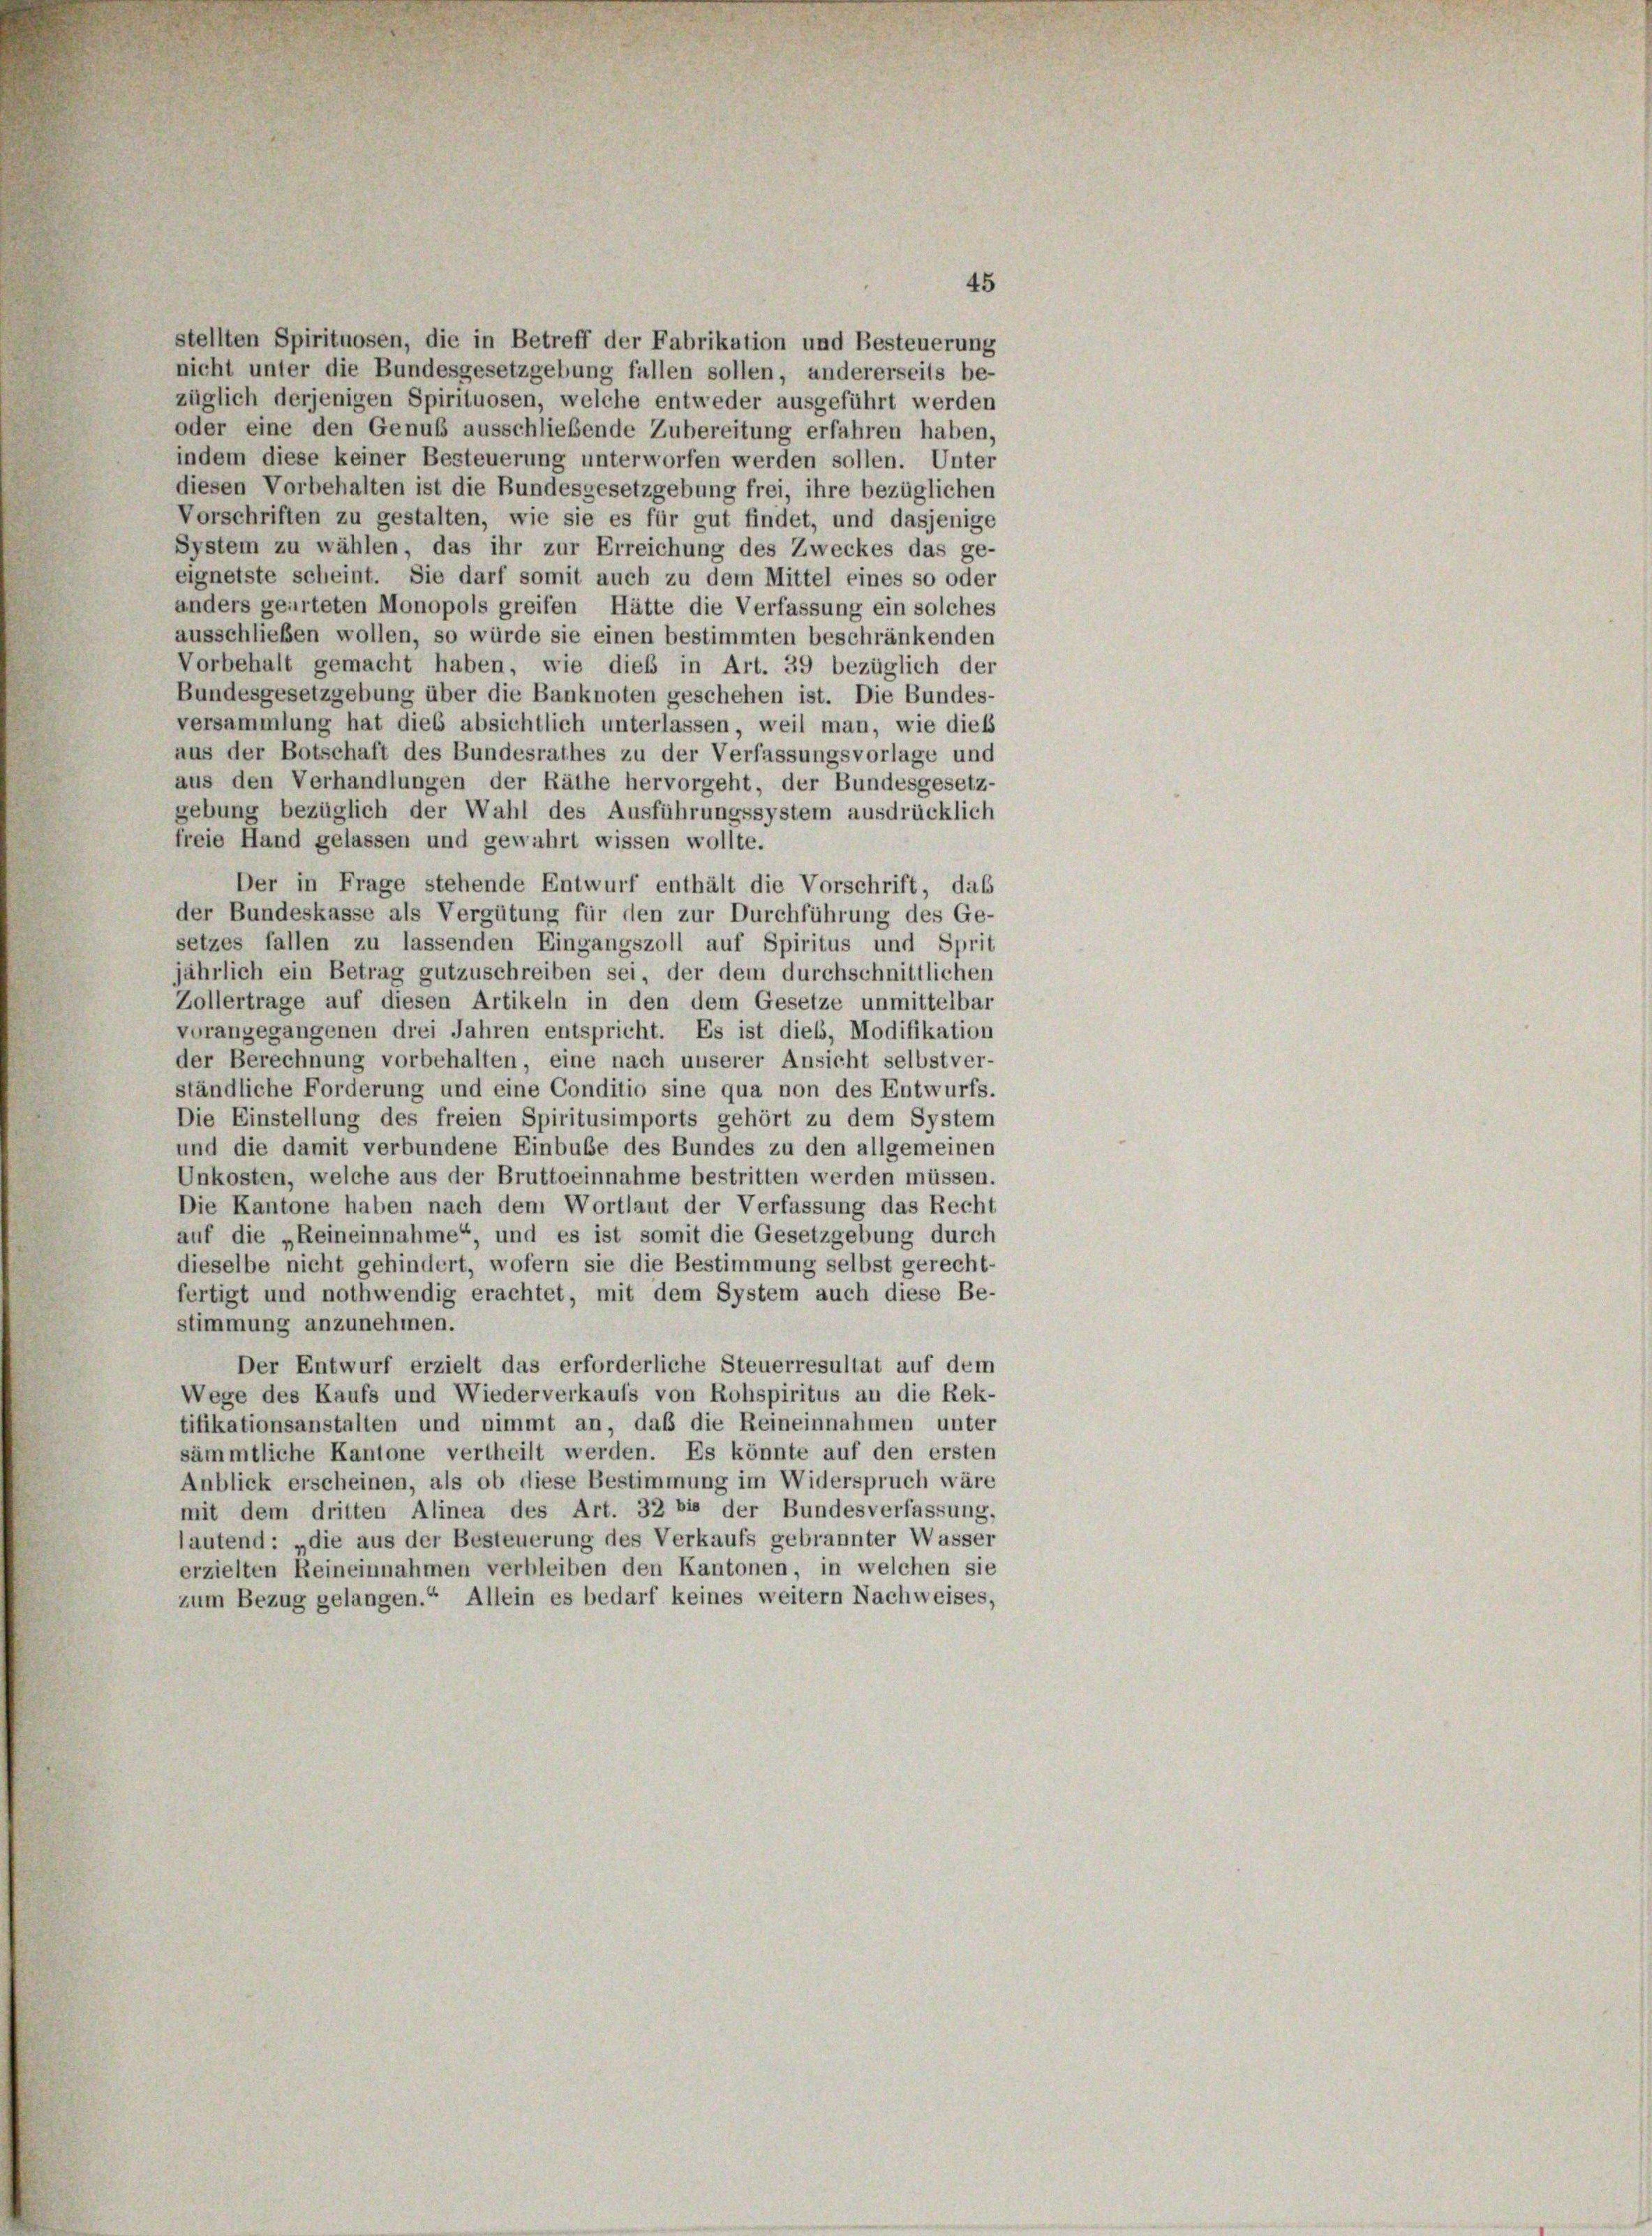
45
stellten Spirituosen, die in Betreff der Fabrikation und Besteuerung
nicht unter die Bundesgesetzgebung fallen sollen, andererseits be-
züglich derjenigen Spirituosen, welche entweder ausgeführt werden
oder eine den Genuß ausschließende Zubereitung erfahren haben,
indem diese keiner Besteuerung unterworfen werden sollen. Unter
diesen Vorbehalten ist die Bundesgesetzgebung frei, ihre bezüglichen
Vorschriften zu gestalten, wie sie es für gut findet, und dasjenige
System zu wählen, das ihr zur Erreichung des Zweckes das ge-
eignetste scheint. Sie darf somit auch zu dem Mittel eines so oder
anders gearteten Monopols greifen Hätte die Verfassung ein solches
ausschließen wollen, so würde sie einen bestimmten beschränkenden
Vorbehalt gemacht haben, wie dieß in Art. 39 bezüglich der
Bundesgesetzgebung über die Banknoten geschehen ist. Die Bundes-
versammlung hat dies absichtlich unterlassen, weil man, wie dies
aus der Botschaft des Bundesrathes zu der Verfassungsvorlage und
aus den Verhandlungen der Räthe hervorgeht, der Bundesgesetz-
gebung bezüglich der Wahl des Ausführungssystem ausdrücklich
freie Hand gelassen und gewahrt wissen wollte.
Der in Frage stehende Entwurf enthält die Vorschrift, das
der Bundeskasse als Vergütung für den zur Durchführung des Ge-
setzes fallen zu lassenden Eingangszoll auf Spiritus und Sprit
jährlich ein Betrag gutzuschreiben sei, der dem durchschnittlichen
Zollertrage auf diesen Artikeln in den dem Gesetze unmittelbar
vorangegangenen drei Jahren entspricht. Es ist dieß, Modifikation
der Berechnung vorbehalten, eine nach unserer Ansicht selbstver-
ständliche Forderung und eine Conditio sine qua non des Entwurfs.
Die Einstellung des freien Spiritusimports gehört zu dem System
und die damit verbundene Einbube des Bundes zu den allgemeinen
Unkosten, welche aus der Bruttoeinnahme bestritten werden müssen.
Die Kantone haben nach dem Wortlaut der Verfassung das Recht
auf die „Reineinnahme“, und es ist somit die Gesetzgebung durch
dieselbe nicht gehindert, wofern sie die Bestimmung selbst gerecht
fertigt und nothwendig erachtet, mit dem System auch diese Be-
stimmung anzunehmen.
Der Entwurf erzielt das erforderliche Steuerresultat auf dem
Wege des Kaufs und Wiederverkaufs von Rohspiritus an die Rek-
tifikationsanstalten und nimmt an, daß die Reineinnahmen unter
sämmtliche Kantone vertheilt werden. Es könnte auf den ersten
Anblick erscheinen, als ob diese Bestimmung im Widerspruch wäre
mit dem dritten Alinea des Art. 32 bis der Bundesverfassung,
lautend: „die aus der Besteuerung des Verkaufs gebrannter Wasser
erzielten Reineinnahmen verbleiben den Kantonen, in welchen sie
zum Bezug gelangen.“ Allein es bedarf keines weitern Nachweises,